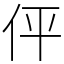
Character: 伻